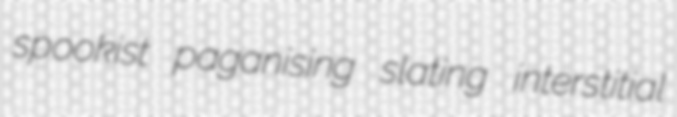
spookist paganising slating interstitial